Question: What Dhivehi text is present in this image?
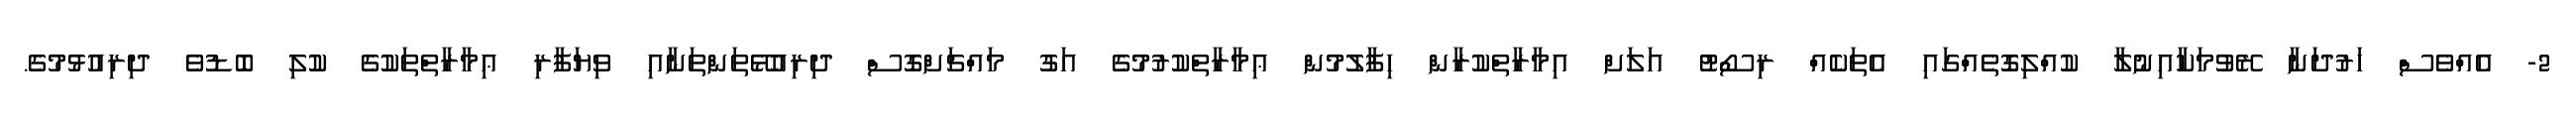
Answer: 2- އެއްވެސް ހަރުދަނާ ރޭވުމަކާއިނުލާ ކުއްލިގޮތެއްގައި އެތަކެއް ރިސޯޓު އަލަށް އިމާރާތްކުރާން ހިފާލުމުން ޢިމާރާތްކުރުމުގެ އަގު މައްޗަށްގޮސް ދިރިއުޅޭތަންތަނާއި ވިޔަފާރި ޢިމާރާތްތަކުގެ ކުލި ބޮޑުވެ ދިރިއުޅުމުގެ.